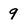
Character: q